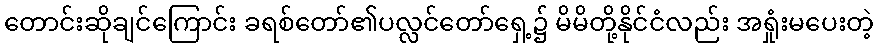
တောင်းဆိုချင်ကြောင်း ခရစ်တော်၏ပလ္လင်တော်ရှေ့၌ မိမိတို့နိုင်ငံလည်း အရှုံးမပေးတဲ့